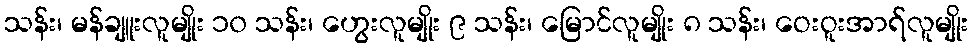
သန်း၊ မန်ချူးလူမျိုး ၁၀ သန်း၊ ဟွေးလူမျိုး ၉ သန်း၊ မြောင်လူမျိုး ၈ သန်း၊ ဝေးဝူးအာရ်လူမျိုး